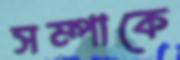
সম্পাকে